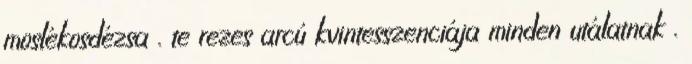
moslékosdézsa . te rezes arcú kvintesszenciája minden utálatnak .